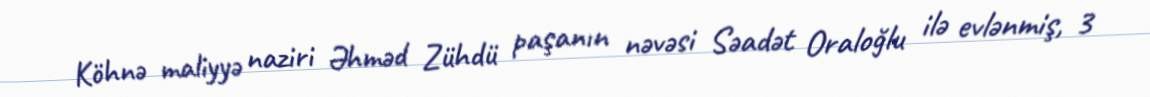
Köhnə maliyyə naziri Əhməd Zühdü paşanın nəvəsi Səadət Oraloğlu ilə evlənmiş, 3